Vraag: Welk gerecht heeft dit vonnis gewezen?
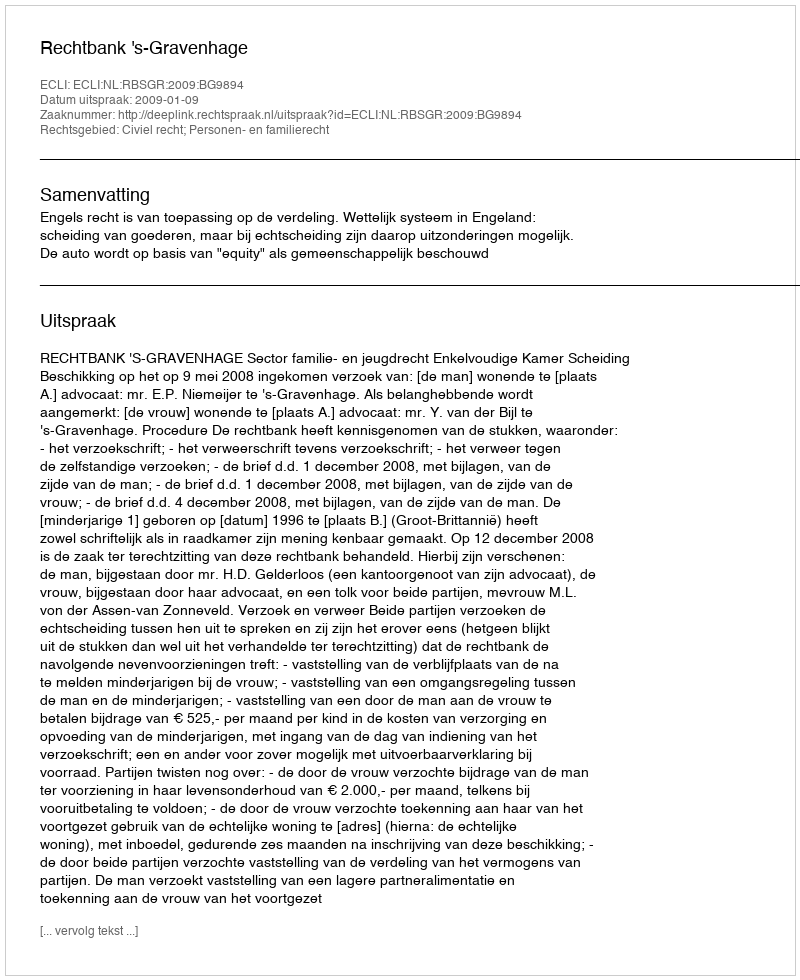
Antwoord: Rechtbank 's-Gravenhage